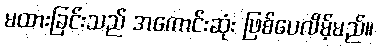
မထားခြင်းသည် အကောင်းဆုံး ဖြစ်ပေလိမ့်မည်။